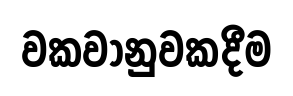
වකවානුවකදීම